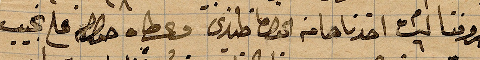
مصروفنا ليس اخذنا من الخوري .. وعطاه نجيب